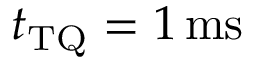
t _ { \mathrm { T Q } } = 1 \, \mathrm { m s }